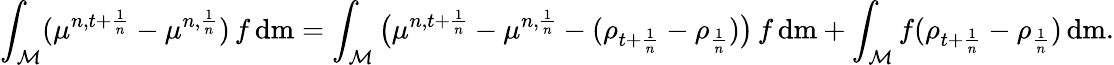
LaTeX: \int_{\mathcal{M}}(\mu^{n,t+\frac{1}{n}}-\mu^{n,\frac{1}{n}})\, f\, \mathrm{d}\mathrm{m}=\int_{\mathcal{M}}\big(\mu^{n,t+\frac{1}{n}}-\mu^{n,\frac{1}{n}}-(\rho_{t+\frac{1}{n}}-\rho_{\frac{1}{n}})\big)\, f\, \mathrm{d}\mathrm{m}+\int_{\mathcal{M}}f(\rho_{t+\frac{1}{n}}-\rho_{\frac{1}{n}})\, \mathrm{d}\mathrm{m}.